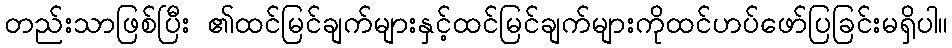
တည်းသာဖြစ်ပြီး ၏ထင်မြင်ချက်များနှင့်ထင်မြင်ချက်များကိုထင်ဟပ်ဖော်ပြခြင်းမရှိပါ။